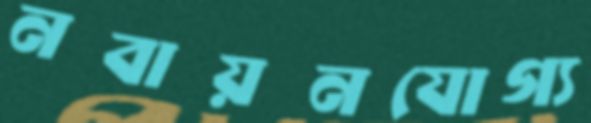
নবায়নযোগ্য